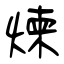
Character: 煉